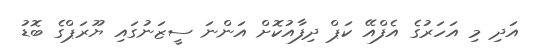
އަދި މި އަހަރުގެ އެފްއޭ ކަޕް ދިފާއުކޮށް އަންނަ ސީޒަނުގައި ޔޫރަޕްގެ ބޮޑު